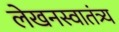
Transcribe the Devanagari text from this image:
लेखनस्वातंत्र्य